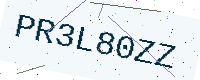
Text: PR3L80ZZ